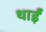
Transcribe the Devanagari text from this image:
थाईं